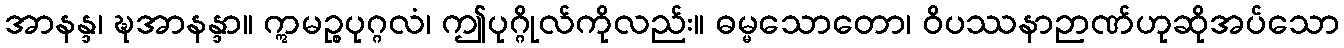
အာနန္ဒ၊ ဍ္ဎအာနန္ဒာ။ ဣမဉ္စပုဂ္ဂလံ၊ ဤပုဂ္ဂိုလ်ကိုလည်း။ ဓမ္မသောတော၊ ဝိပဿနာဉာဏ်ဟုဆိုအပ်သော